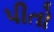
પીતો